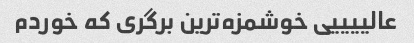
عالییییی خوشمزه‌ترین برگری که خوردم